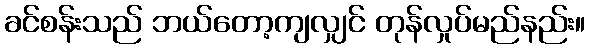
ခင်စန်းသည် ဘယ်တော့ကျလျှင် တုန်လှုပ်မည်နည်း။